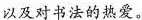
以及对书法的热爱。